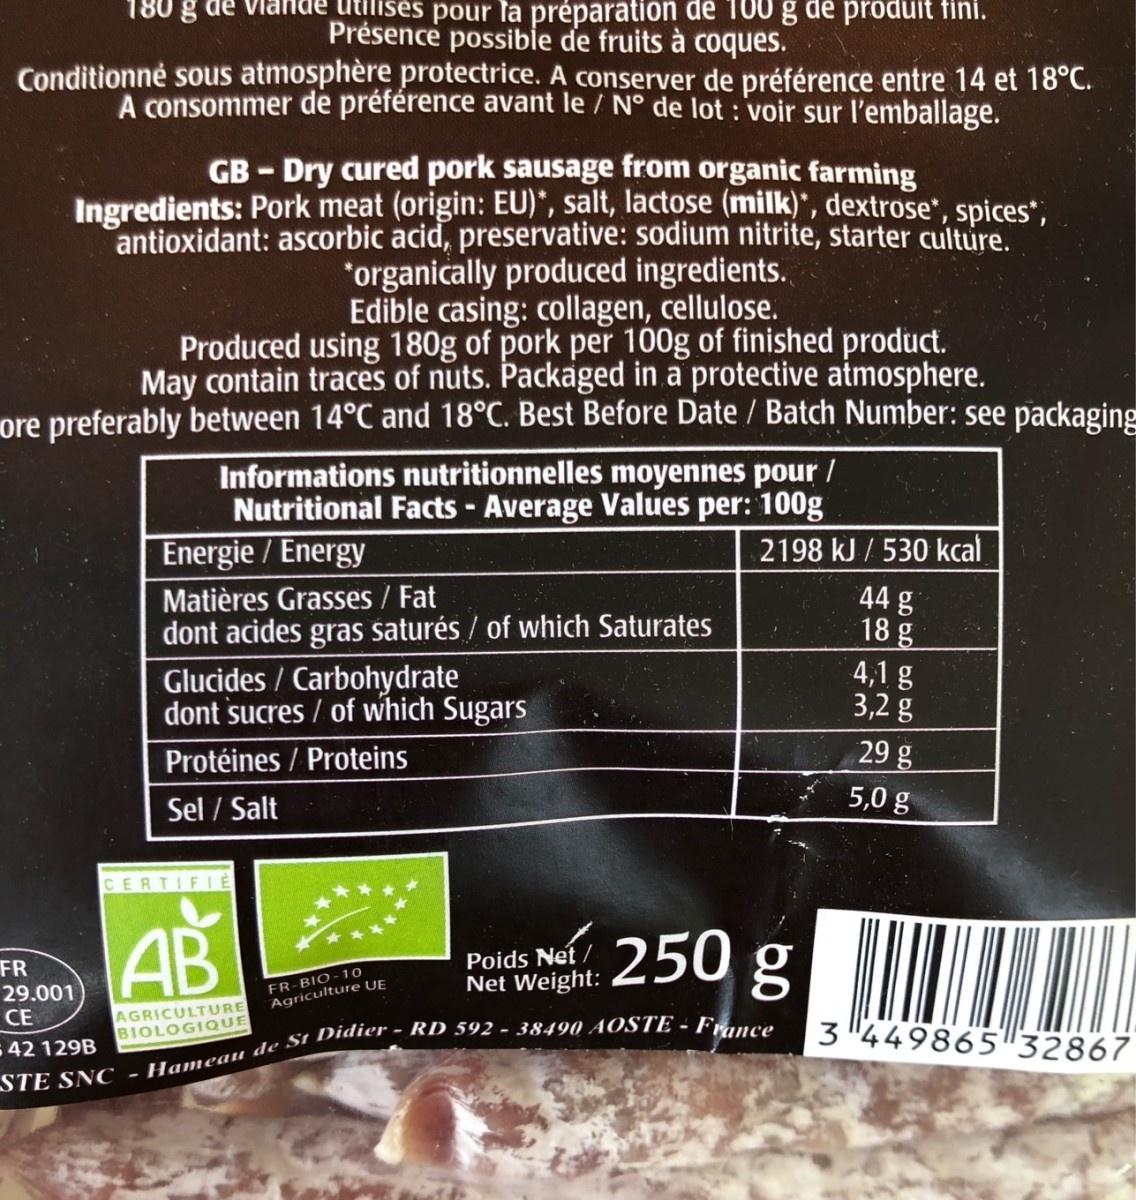
180 g de
ises pour la préparation de 100 g de produit fini.
Présence possibie de fruits à coques. Conditionné sous atmosphère protectrice. A conserver de préférence entre 14 et 18°C. A consommer de préférence avant le / N° de lot : voir sur l'emballage.
GB - Dry cured pork sausage from organic farming Ingredients: Pork meat (origin: EU)*, salt, lactose (milk)', dextrose", spices", antioxidant: ascorbic acid, preservative: sodium nitrite, starter culture. "organically produced ingredients. Edible casing: collagen, cellulose. Produced using 180g of pork per 100g of finished product. May contain traces of nuts. Packaged in a protective atmosphere. ore preferably between 14°C and 18°C. Best Before Date / Batch Number: see packaging Informations nutritionnelles moyennes pour / Nutritional Facts - Average Values per: 100g
Energie / Energy
2198 kJ / 530 kcal
44 g 18 g
Matières Grasses / Fat
dont acides gras šaturés / of which Saturates
Glucides / Carbohydrate dont sucres / of which Sugars
4,1 g 3,2 g
Protéines / Proteins
29 g
5,0 g
Sel / Salt
CERTIFIE
AB
250 g N
Poids Net / Net Weight:
FR
29.001 CE
FR-BIO-10 Agriculture UE
AGRICULTURE BIOLOGIQUE
3 449865 32867
42 129B
STE SNC - Hameau de St Didier - RD 592 - 38490 AOSTE - France